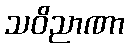
သဝိညာဏာ